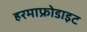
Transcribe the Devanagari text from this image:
हरमाफ्रोडाइट